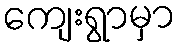
ကျေးရွာမှာ